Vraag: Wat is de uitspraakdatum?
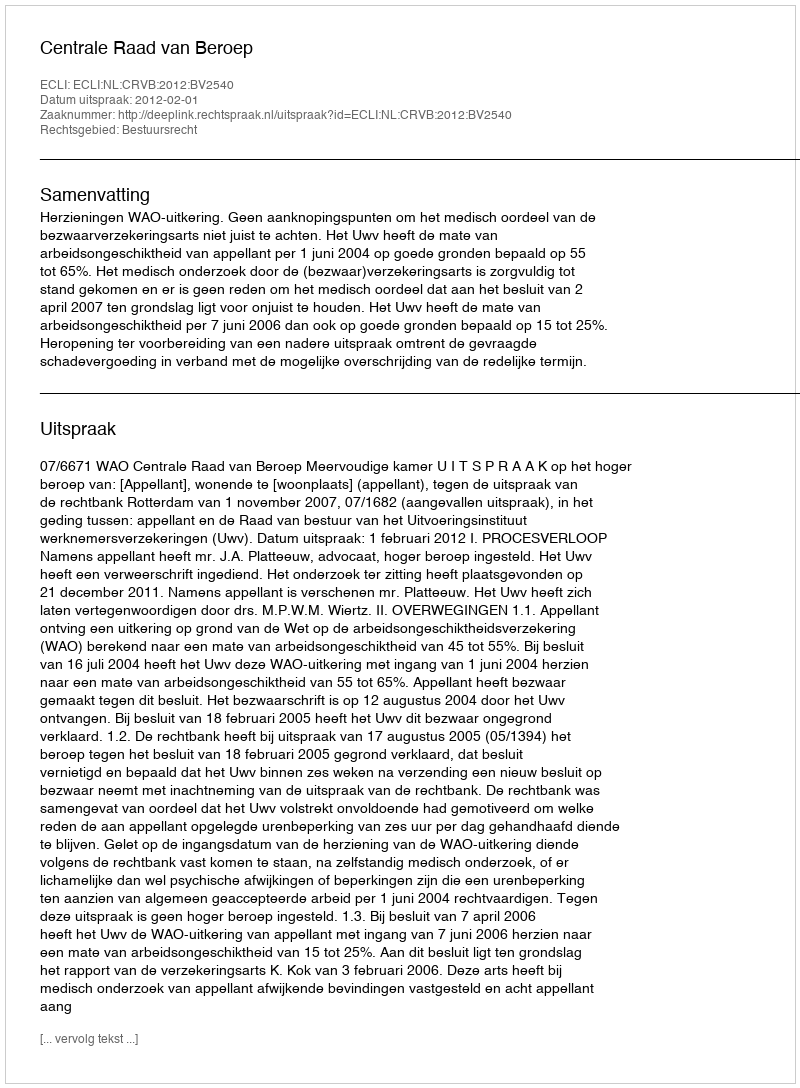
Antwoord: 2012-02-01